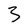
Character: 3